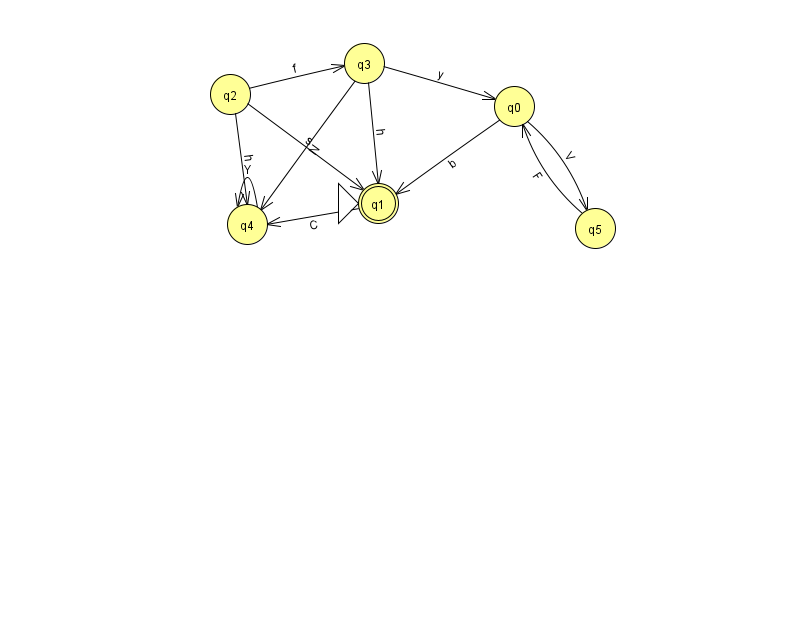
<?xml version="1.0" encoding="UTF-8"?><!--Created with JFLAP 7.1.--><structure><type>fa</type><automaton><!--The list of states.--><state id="0" name="q0"><x>514.0</x><y>93.0</y></state><state id="1" name="q1"><x>378.0</x><y>190.0</y><initial/><final/></state><state id="2" name="q2"><x>230.0</x><y>81.0</y></state><state id="3" name="q3"><x>364.0</x><y>50.0</y></state><state id="4" name="q4"><x>247.0</x><y>211.0</y></state><state id="5" name="q5"><x>595.0</x><y>215.0</y></state><!--The list of transitions.--><transition><from>1</from><to>4</to><read>C</read></transition><transition><from>2</from><to>1</to><read>s</read></transition><transition><from>0</from><to>1</to><read>b</read></transition><transition><from>0</from><to>5</to><read>V</read></transition><transition><from>5</from><to>0</to><read>F</read></transition><transition><from>2</from><to>3</to><read>f</read></transition><transition><from>3</from><to>1</to><read>h</read></transition><transition><from>2</from><to>4</to><read>h</read></transition><transition><from>4</from><to>4</to><read>Y</read></transition><transition><from>3</from><to>0</to><read>y</read></transition><transition><from>3</from><to>4</to><read>N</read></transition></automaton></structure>